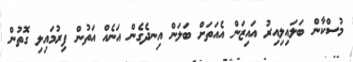
މުސްކާން ބަލައިލިއިރު އައިޒަން އެއަތަށް ބަލަން އިނދެގެން އަނެއް އަތުން ފިރުމައިލި ގޮތުން